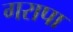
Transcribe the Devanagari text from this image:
गरापा